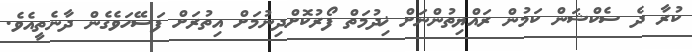
ކުރާ ދެ ސެކްޝަން ކަމުން ރައްޔިތުންނަށް ޚިދުމަތް ފޯރުކޮށްދިނުމަށް އިތުރަށް ފަސޭހަވެގެން ދާނެތީއެވެ.